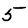
Digit: 5